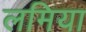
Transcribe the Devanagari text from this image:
लमिया